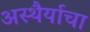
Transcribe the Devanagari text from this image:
अस्थैर्याचा